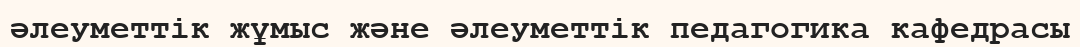
әлеуметтік жұмыс және әлеуметтік педагогика кафедрасы